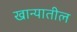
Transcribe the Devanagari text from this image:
खान्यातील